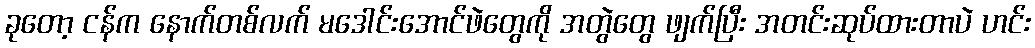
ခုတော့ ငန်က နောက်တစ်လက် မဒေါင်းအောင်ဖဲတွေကို အတွဲတွေ ဖျက်ပြီး အတင်းဆုပ်ထားတာပဲ ဟင်း